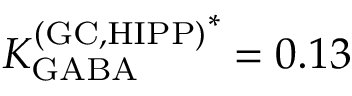
{ K _ { \mathrm { G A B A } } ^ { \mathrm { ( G C , H I P P ) } } } ^ { * } = 0 . 1 3